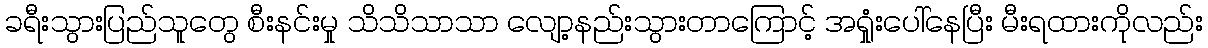
ခရီးသွားပြည်သူတွေ စီးနင်းမှု သိသိသာသာ လျော့နည်းသွားတာကြောင့် အရှုံးပေါ်နေပြီး မီးရထားကိုလည်း